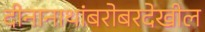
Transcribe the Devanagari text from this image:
दीनानाथांबरोबरदेखील